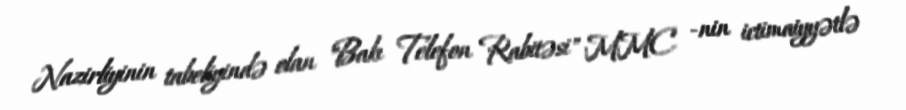
Nazirliyinin tabeliyində olan "Bakı Telefon Rabitəsi" MMC -nin ictimaiyyətlə